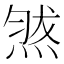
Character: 𱫧